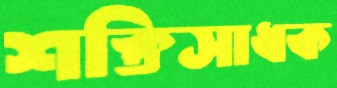
শক্তিসাধক